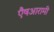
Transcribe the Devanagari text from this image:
एैषआरामी